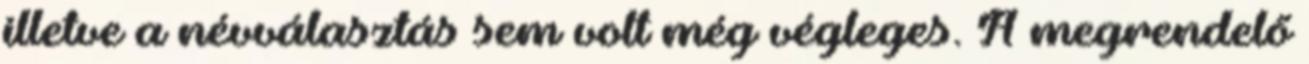
illetve a névválasztás sem volt még végleges. A megrendelő